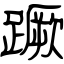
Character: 蹶